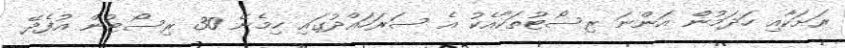
ރަށަކާއި ހަދަމުން އަންނަ ރިސޯޓުތަކާއެކު އެ ސަރަހައްދުގައި ހިމެނޭ 30 ރިސޯޓުން އުފެދޭ